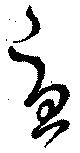
憂